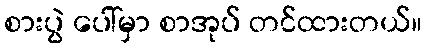
စားပွဲ ပေါ်မှာ စာအုပ် တင်ထားတယ်။